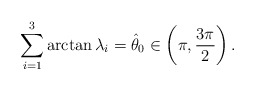
\begin{align*}\sum_{i=1}^3 \arctan\lambda_i =\hat\theta_0\in \left(\pi,\frac{3\pi}{2} \right).\end{align*}